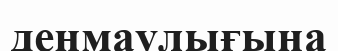
денмаулығына